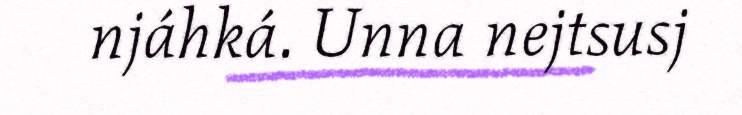
njáhká. Unna nejtsusj